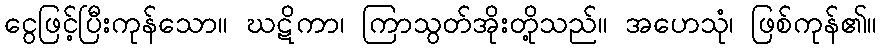
ငွေဖြင့်ပြီးကုန်သော။ ဃဋိကာ၊ ကြာသွတ်အိုးတို့သည်။ အဟေသုံ၊ ဖြစ်ကုန်၏။